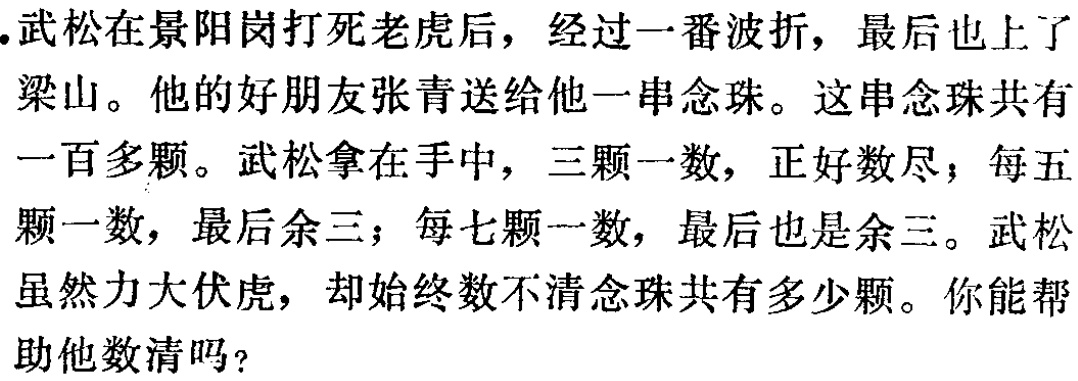
武松在景阳岗打死老虎后，经过一番波折，最后也上了梁山。他的好朋友张青送给他一串念珠。这串念珠共有一百多颗。武松拿在手中，三颗一数，正好数尽；每五颗一数，最后余三；每七颗一数，最后也是余三。武松虽然力大伏虎，却始终数不清念珠共有多少颗。你能帮助他数清吗？